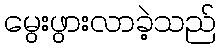
မွေးဖွားလာခဲ့သည်